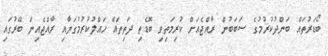
ބޯޑަރުތައް ބަންދުކުރުމުގެ ސަބަބުން ރާއްޖެއަށް ކުރިމަތިވި ބޮޑެތި ދަތިތައް ހައްލުކުރުމުގަޔާއި ރާއްޖެއިން ބޭރުގައި